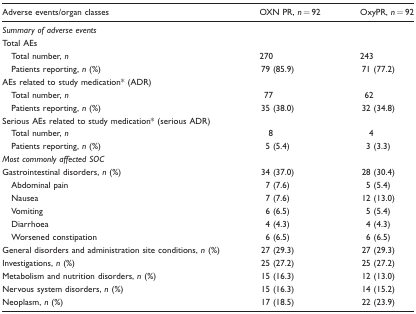
<table><thead><tr><td><b>Adverse events/organ classes</b></td><td><b>OXN PR, <i>n</i> = 92</b></td><td><b>OxyPR, <i>n</i> = 92</b></td></tr></thead><tbody><tr><td><i>Summary of adverse events</i></td><td></td><td></td></tr><tr><td>Total AEs</td><td></td><td></td></tr><tr><td> Total number, <i>n</i></td><td>270</td><td>243</td></tr><tr><td> Patients reporting, <i>n</i> (%)</td><td>79 (85.9)</td><td>71 (77.2)</td></tr><tr><td>AEs related to study medication* (ADR)</td><td></td><td></td></tr><tr><td> Total number, <i>n</i></td><td>77</td><td>62</td></tr><tr><td> Patients reporting, <i>n</i> (%)</td><td>35 (38.0)</td><td>32 (34.8)</td></tr><tr><td>Serious AEs related to study medication* (serious ADR)</td><td></td><td></td></tr><tr><td> Total number, <i>n</i></td><td>8</td><td>4</td></tr><tr><td> Patients reporting, <i>n</i> (%)</td><td>5 (5.4)</td><td>3 (3.3)</td></tr><tr><td><i>Most commonly affected SOC</i></td><td></td><td></td></tr><tr><td>Gastrointestinal disorders, <i>n</i> (%)</td><td>34 (37.0)</td><td>28 (30.4)</td></tr><tr><td> Abdominal pain</td><td>7 (7.6)</td><td>5 (5.4)</td></tr><tr><td> Nausea</td><td>7 (7.6)</td><td>12 (13.0)</td></tr><tr><td> Vomiting</td><td>6 (6.5)</td><td>5 (5.4)</td></tr><tr><td> Diarrhoea</td><td>4 (4.3)</td><td>4 (4.3)</td></tr><tr><td> Worsened constipation</td><td>6 (6.5)</td><td>6 (6.5)</td></tr><tr><td>General disorders and administration site conditions, <i>n</i> (%)</td><td>27 (29.3)</td><td>27 (29.3)</td></tr><tr><td>Investigations, <i>n</i> (%)</td><td>25 (27.2)</td><td>25 (27.2)</td></tr><tr><td>Metabolism and nutrition disorders, <i>n</i> (%)</td><td>15 (16.3)</td><td>12 (13.0)</td></tr><tr><td>Nervous system disorders, <i>n</i> (%)</td><td>15 (16.3)</td><td>14 (15.2)</td></tr><tr><td>Neoplasm, <i>n</i> (%)</td><td>17 (18.5)</td><td>22 (23.9)</td></tr></tbody></table>